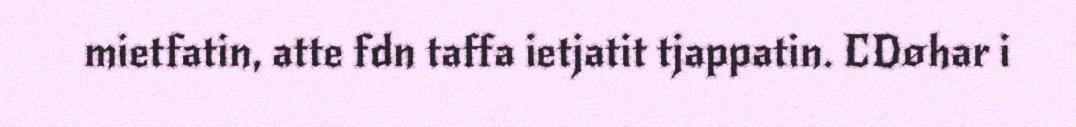
mietfatin, atte fdn taffa ietjatit tjappatin. CDøhar i